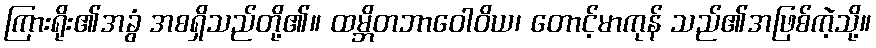
ကြားရိုး၏အခွံ အစရှိသည်တို့၏။ ထမ္ဘိတဘာဝေါဝိယ၊ တောင့်မာကုန် သည်၏အဖြစ်ကဲ့သို့။